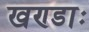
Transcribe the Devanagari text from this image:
खण्डाः